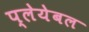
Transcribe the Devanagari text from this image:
प्लेयेबल